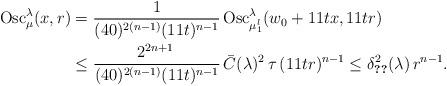
LaTeX: \begin{align*}\textup{Osc}^\lambda_{\mu}(x, r)& = \frac{1}{(40)^{2(n-1)}(11t)^{n-1}}\,\textup{Osc}^\lambda_{\mu_1^l}(w_0+11tx, 11tr)\\&\leq \frac{2^{2n+1}\,}{(40)^{2(n-1)}(11t)^{n-1}}\,\bar C(\lambda)^2\,\tau\,(11tr)^{n-1}\leq\delta_{\ref{t:Reif discreto}}^2(\lambda)\,r^{n-1}.\end{align*}